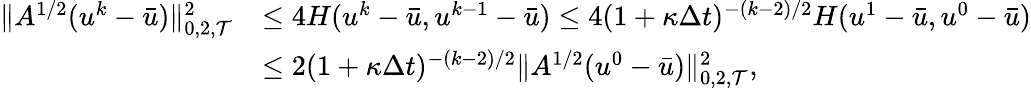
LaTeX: \begin{array}{rl}{\| A^{1/2}(u^{k}-\bar{u})\| _{0,2,{\mathcal T}}^{2}}&{\le 4H(u^{k}-\bar{u},u^{k-1}-\bar{u})\le 4(1+\kappa\Delta t)^{-(k-2)/2}H(u^{1}-\bar{u},u^{0}-\bar{u})}\\ &{\le 2(1+\kappa\Delta t)^{-(k-2)/2}\| A^{1/2}(u^{0}-\bar{u})\| _{0,2,{\mathcal T}}^{2},}\end{array}